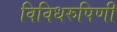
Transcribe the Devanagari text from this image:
विविधरुपिणी